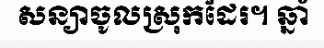
សន្យាចូលស្រុកដែរ។ ឆ្នាំ